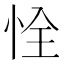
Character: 恮